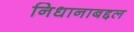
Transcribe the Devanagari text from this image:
निधानाबद्दल